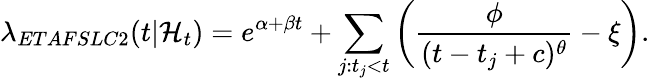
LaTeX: \lambda_{ETAFSLC2}(t|\mathcal{H}_{t})=e^{\alpha+\beta t}+\sum_{j:t_{j}<t}\left(\frac{\phi}{(t-t_{j}+c)^{\theta}}-\xi\right).